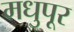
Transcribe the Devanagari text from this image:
मधुपूर